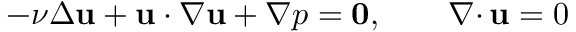
- \nu \Delta { \mathbf u } + { \mathbf u } \cdot \nabla { \mathbf u } + \nabla p = { \mathbf 0 } , \qquad { { \nabla \cdot } \, } { \mathbf u } = 0